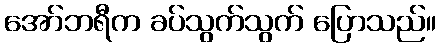
အော်ဘရီက ခပ်သွက်သွက် ပြောသည်။